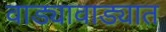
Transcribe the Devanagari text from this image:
वाड्यावाड्यात